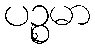
ပဉ္စမာ